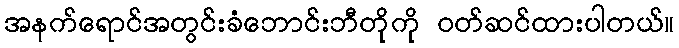
အနက်ရောင်အတွင်းခံဘောင်းဘီတိုကို ဝတ်ဆင်ထားပါတယ်။